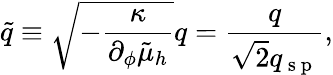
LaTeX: \tilde{q}\equiv\sqrt{-\frac{\kappa}{\partial_{\phi}\tilde{\mu}_{h}}}q=\frac{q}{\sqrt{2}q_{\mathrm{~s~p~}}},